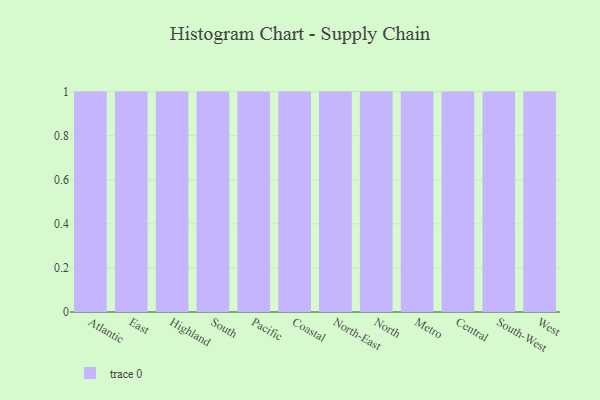
{"axis": {"x": "Region", "y": "Conversion Rate (%)"}, "legend": [""], "data": [{"x": "Atlantic", "y": 23, "type": ""}, {"x": "East", "y": 43, "type": ""}, {"x": "Highland", "y": 76, "type": ""}, {"x": "South", "y": 91, "type": ""}, {"x": "Pacific", "y": 21, "type": ""}, {"x": "Coastal", "y": 25, "type": ""}, {"x": "North-East", "y": 56, "type": ""}, {"x": "North", "y": 50, "type": ""}, {"x": "Metro", "y": 56, "type": ""}, {"x": "Central", "y": 1, "type": ""}, {"x": "South-West", "y": 78, "type": ""}, {"x": "West", "y": 3, "type": ""}]}